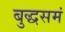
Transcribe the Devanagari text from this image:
बुद्धसमं